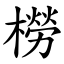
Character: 橯